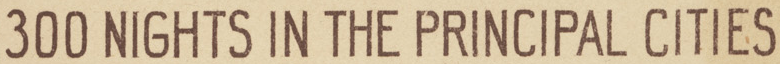
300 NIGHTS IN THE PRINCIPAL CITIES